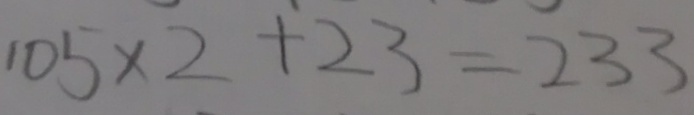
1 0 5 \times 2 + 2 3 = 2 3 3